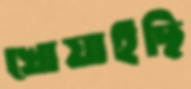
খোয়াইছি